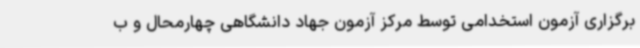
برگزاری آزمون استخدامی توسط مرکز آزمون جهاد دانشگاهی چهارمحال و ب